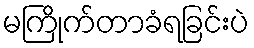
မကြိုက်တာခံရခြင်းပဲ